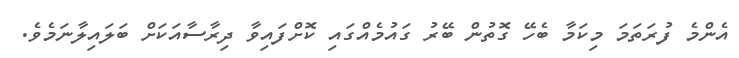
އެންމެ ފުރަތަމަ މިކަމާ ބެހޭ ގޮތުން ބޭރު ގައުމެއްގައި ކޮށްފައިވާ ދިރާސާއަކަށް ބަލައިލާނަމެވެ.